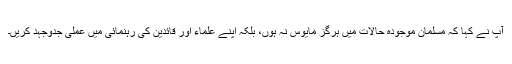
آپ نے کہا کہ مسلمان موجودہ حالات میں ہرگز مایوس نہ ہوں، بلکہ اپنے علماء اور قائدین کی رہنمائی میں عملی جدوجہد کریں۔